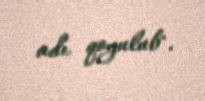
adı qoyulub".